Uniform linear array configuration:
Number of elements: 64
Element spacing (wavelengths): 1
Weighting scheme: cosine
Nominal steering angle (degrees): -45
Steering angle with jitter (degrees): -46.498
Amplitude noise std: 0.05
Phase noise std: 0.05

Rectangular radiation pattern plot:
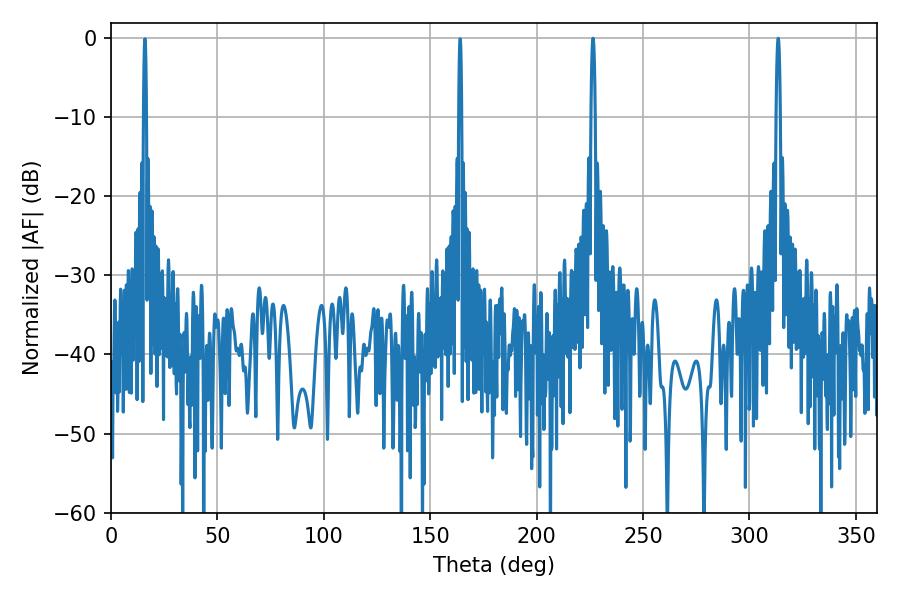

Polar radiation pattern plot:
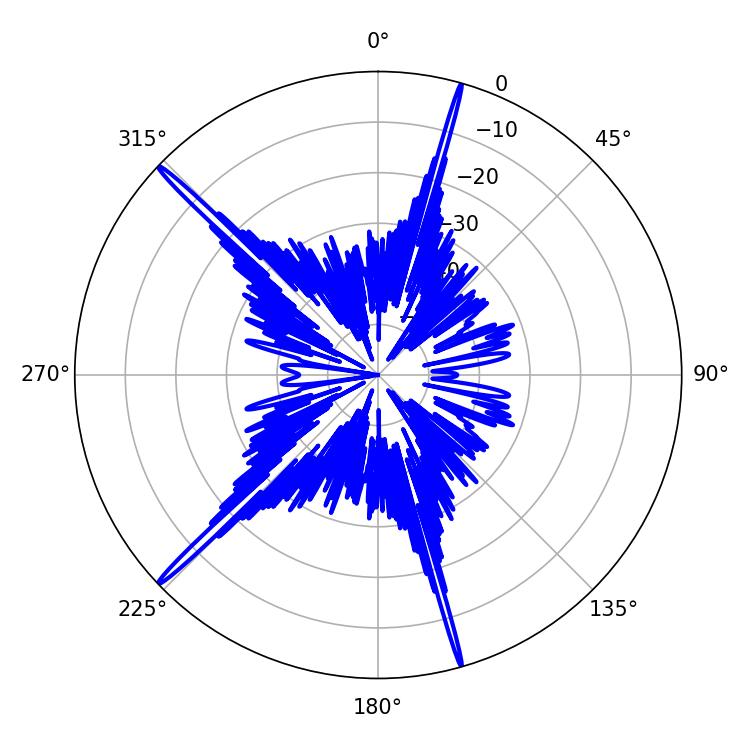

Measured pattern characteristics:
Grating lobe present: TRUE
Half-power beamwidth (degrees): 1.08
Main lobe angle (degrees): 226.44